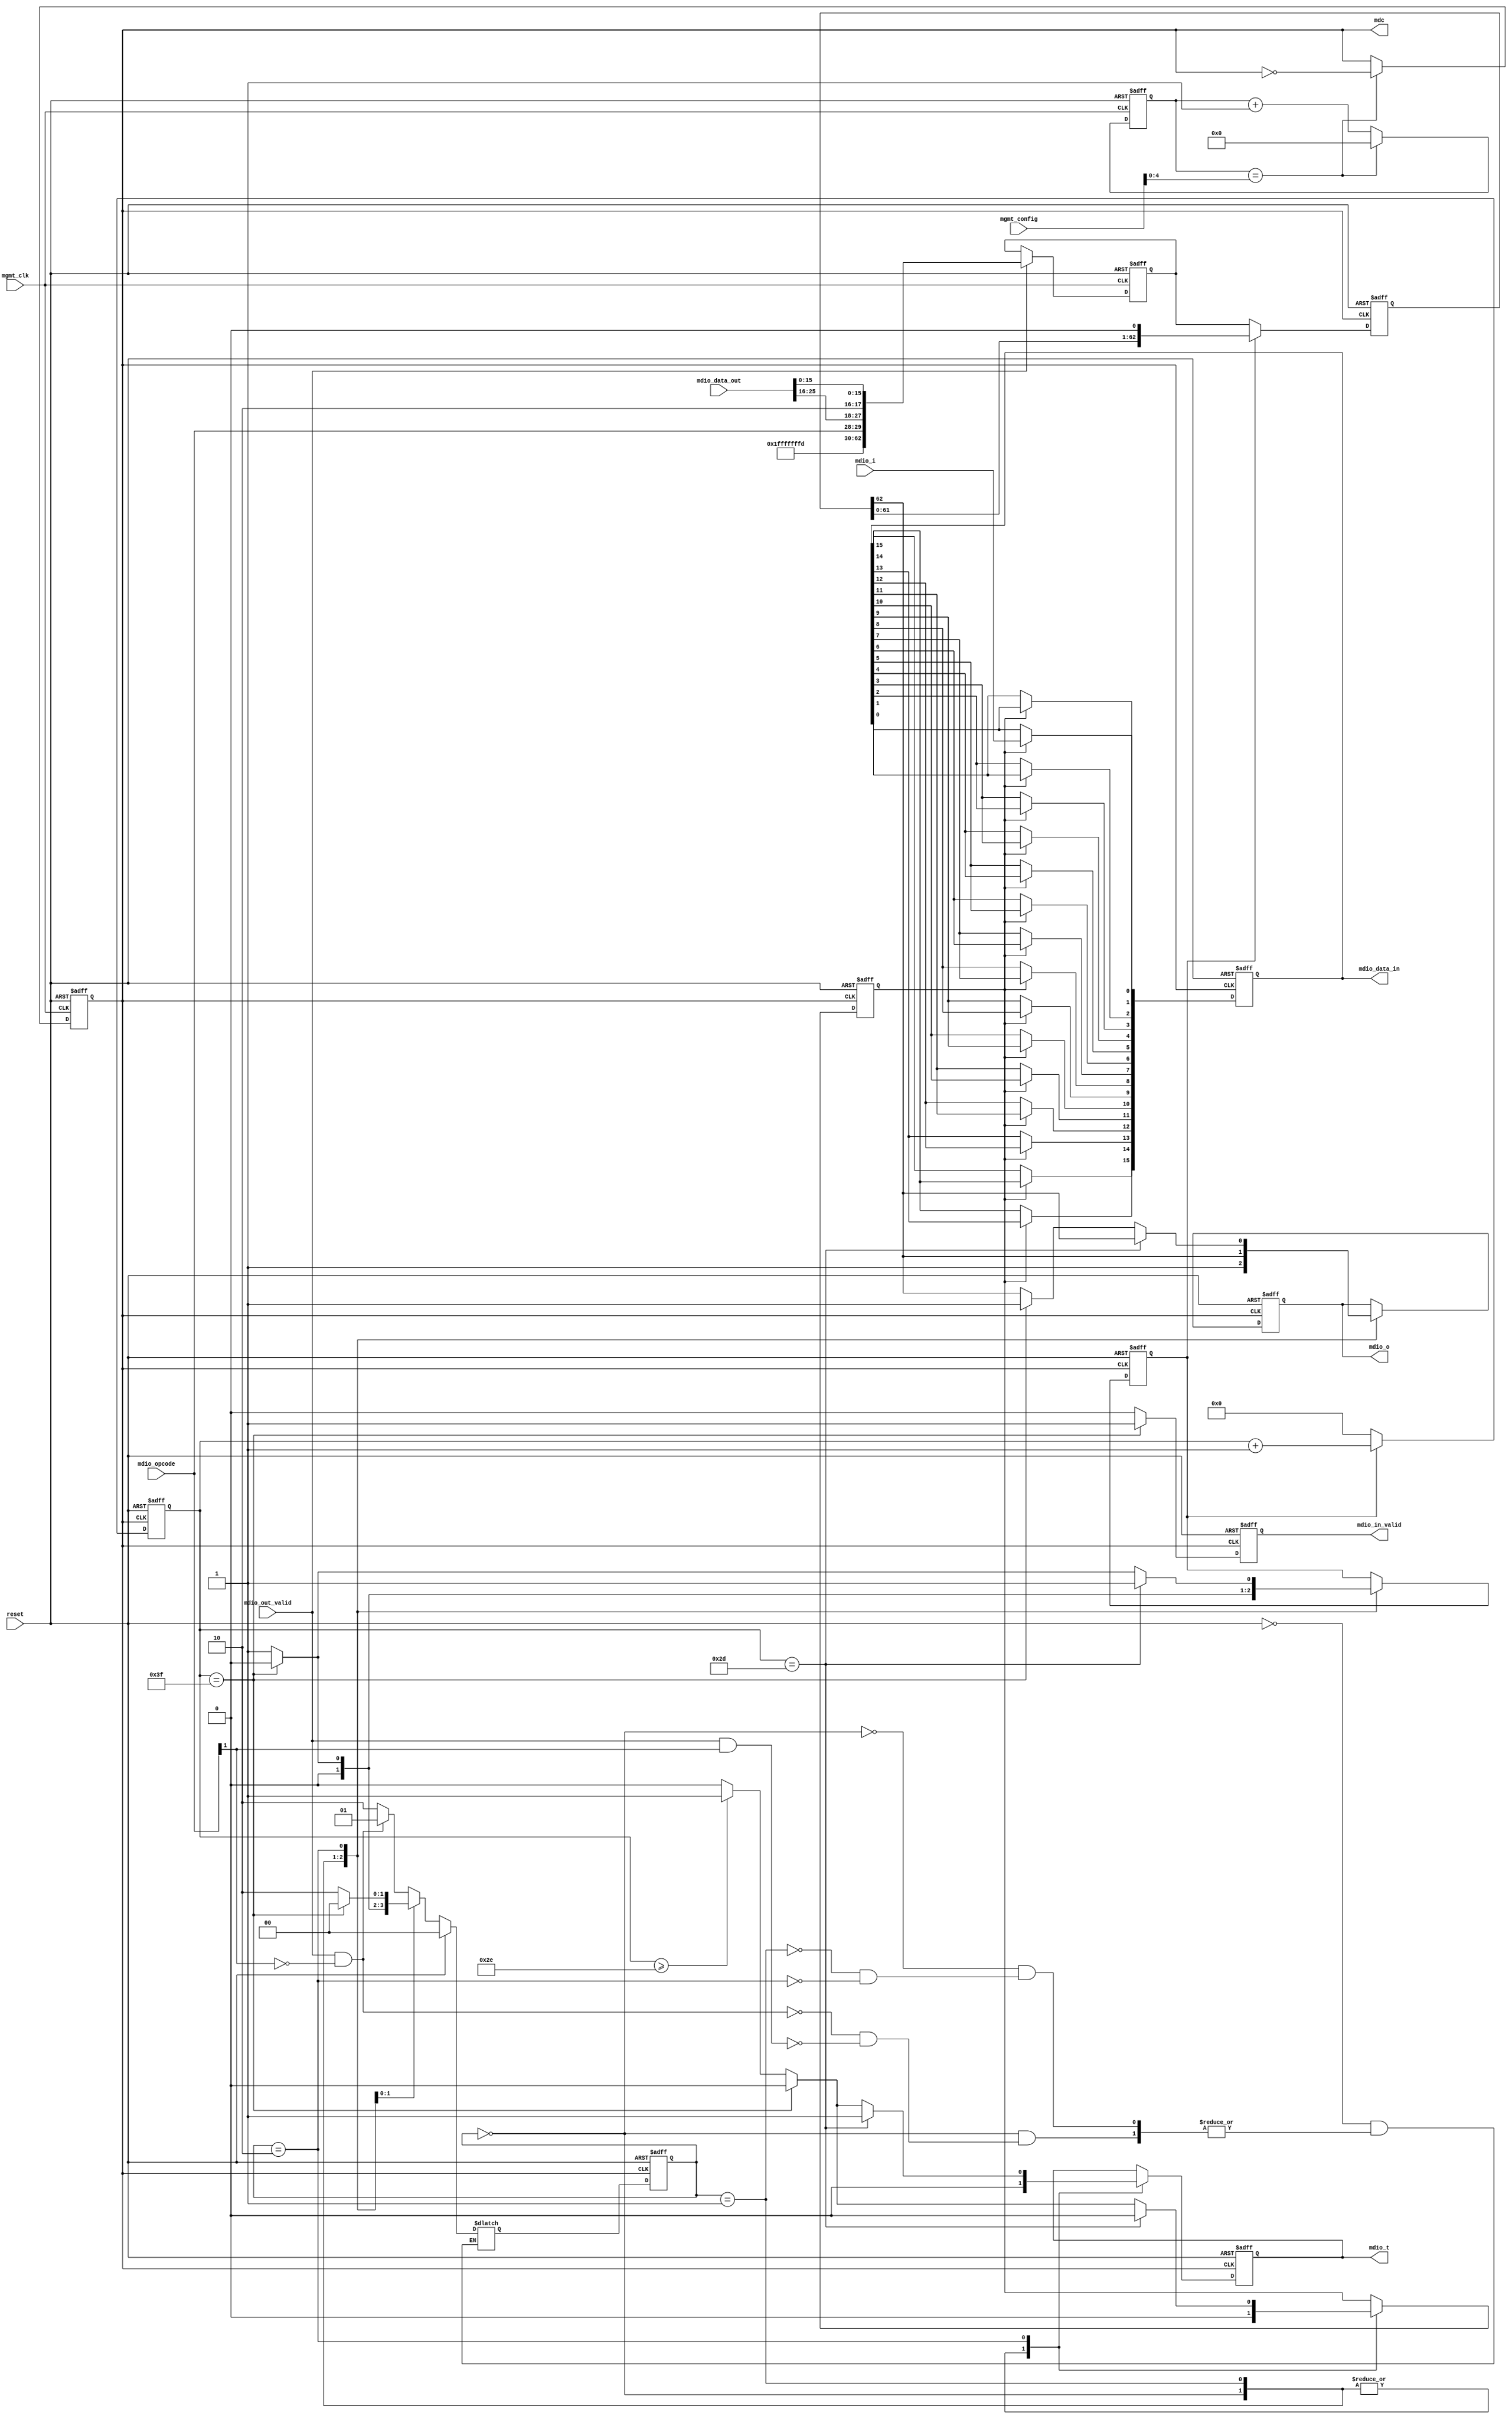
`timescale 1ns / 1ps
//////////////////////////////////////////////////////////////////////
//// 																					////
//// MODULE NAME: MDIO Interface 											////
//// 																					////
//// DESCRIPTION: Generate MDIO Signals                           ////
////																					////
//// This file is part of the 10 Gigabit Ethernet IP core project ////
////  http://www.opencores.org/projects/ethmac10g/						////
////																					////
//// AUTHOR(S):																	////
//// Zheng Cao			                                             ////
////							                                    		////
//////////////////////////////////////////////////////////////////////
////																					////
//// Copyright (c) 2005 AUTHORS.  All rights reserved.			   ////
////																					////
//// This source file may be used and distributed without         ////
//// restriction provided that this copyright statement is not    ////
//// removed from the file and that any derivative work contains  ////
//// the original copyright notice and the associated disclaimer. ////
////                                                              ////
//// This source file is free software; you can redistribute it   ////
//// and/or modify it under the terms of the GNU Lesser General   ////
//// Public License as published by the Free Software Foundation; ////
//// either version 2.1 of the License, or (at your option) any   ////
//// later version.                                               ////
////                                                              ////
//// This source is distributed in the hope that it will be       ////
//// useful, but WITHOUT ANY WARRANTY; without even the implied   ////
//// warranty of MERCHANTABILITY or FITNESS FOR A PARTICULAR      ////
//// PURPOSE.  See the GNU Lesser General Public License for more ////
//// details.                                                     ////
////                                                              ////
//// You should have received a copy of the GNU Lesser General    ////
//// Public License along with this source; if not, download it   ////
//// from http://www.opencores.org/lgpl.shtml   						////
////																					////
//////////////////////////////////////////////////////////////////////
//
// CVS REVISION HISTORY:
//
// $Log: not supported by cvs2svn $
// Revision 1.2  2006/06/15 05:09:24  fisher5090
// bad coding style, but works, will be modified later
//
// Revision 1.1  2005/12/25 16:43:10  Zheng Cao
// 
// 
//
//////////////////////////////////////////////////////////////////////

`define PRE 31'h7fffffff
`define ST 2'b01
`define TA 2'b10

module mdio(mgmt_clk, reset, mdc, mdio_t, mdio_i, mdio_o, mdio_opcode, mdio_in_valid, mdio_data_in, mdio_out_valid, mdio_data_out, mgmt_config);

input mgmt_clk; //Management Clock
input reset; //System reset
output mdc; //MDIO clock
output mdio_t; 
output mdio_o;
input mdio_i;
input[1:0] mdio_opcode; //MDIO Opcode, equals mgmt_opcode
output mdio_in_valid; //Indicate mdio_data_in read from MDIO is valid
output[15:0] mdio_data_in; //Data read from MDIO
input mdio_out_valid; //Indicate mdio_data_out is valid
input[25:0] mdio_data_out; //Data to be writen to MDIO, {addr, data}
input[31:0] mgmt_config; //management configuration data, mainly used to set mdc frequency

parameter IDLE =0, MDIO_WRITE =1, MDIO_READ =2;
parameter TP =1;

///////////////////////////////////////////
// MDIO Clock Gen
///////////////////////////////////////////
reg[4:0] clk_cnt;
always@(posedge mgmt_clk or posedge reset)begin
      if(reset)
		  clk_cnt <=#TP 0;
		else if(clk_cnt == mgmt_config[4:0])
		  clk_cnt <=#TP 0;
		else
		  clk_cnt <=#TP clk_cnt + 1;
end

reg mdc;
always@(posedge mgmt_clk or posedge reset)begin
      if(reset)
		  mdc <=#TP 0;
		else if(clk_cnt == mgmt_config[4:0])
		  mdc <=#TP ~mdc;
		else
        mdc <=#TP mdc;		
end

////////////////////////////////////////////
// MDIO data initialization
////////////////////////////////////////////
reg transmitting;
reg[62:0] mdio_data;

always@(posedge mgmt_clk or posedge reset)begin
      if(reset)begin
		  mdio_data <=#TP 0;
		end
		else if(mdio_out_valid)begin
		  mdio_data <=#TP {`PRE, `ST, mdio_opcode, mdio_data_out[25:16], `TA, mdio_data_out[15:0]};
		end
end

reg[62:0] mdio_data_reg;
always@(posedge mdc or posedge reset)begin
      if(reset)
		  mdio_data_reg <=#TP 0;
		else if(transmitting)
		  mdio_data_reg <=#TP mdio_data_reg <<1;
		else
		  mdio_data_reg <=#TP mdio_data;
end

////////////////////////////////////////////
// counter used for transmitting data
////////////////////////////////////////////

reg[6:0] trans_cnt;
always@(posedge mdc or posedge reset)begin
      if(reset)begin
		  trans_cnt <=#TP 0;
		end 
		else if(transmitting)begin
		  trans_cnt <=#TP trans_cnt + 1;
		end  
		else begin
		  trans_cnt <=#TP 0;
		end  
end
		
////////////////////////////////////////////
// MDIO SIGNAL DRIVER
////////////////////////////////////////////
wire mdio_operate_done; //indicates MDIO write/read operation has been finished
assign mdio_operate_done = (trans_cnt == 63);

reg receiving;
reg[1:0] state, nextstate;
always@(state, mdio_out_valid, mdio_opcode[1], mdio_operate_done, reset)begin
      if(reset)
		  nextstate <=#TP IDLE;
		else 
		  case(state)
		     IDLE: begin
			     if(mdio_out_valid & ~mdio_opcode[1])
                 nextstate <=#TP MDIO_WRITE;
              else if(mdio_out_valid & mdio_opcode[1])
                 nextstate <=#TP MDIO_READ;
				  else
				     nextstate <=#TP nextstate;
		     end
			  MDIO_WRITE: begin
              if(mdio_operate_done)
		          nextstate <=#TP IDLE;
		        else
                nextstate <=#TP MDIO_WRITE;
			  end
           MDIO_READ: begin
              if(mdio_operate_done)
		          nextstate <=#TP IDLE;
		        else
                nextstate <=#TP MDIO_READ;
			  end			  
		 endcase
end		  

always@(posedge mdc or posedge reset)begin
      if(reset)
		  state <=#TP IDLE;
		else
        state <=#TP nextstate;
end		  

////////////////////////////////////////////////////
// MDIO control
//--receiving indicates receiving data from PHY
//--transmitting indicates transmitting data to PHY
////////////////////////////////////////////////////

reg mdio_o;
reg mdio_t;
always@(posedge mdc or posedge reset)begin
      if(reset) begin
        mdio_o <=#TP 0;
        mdio_t <=#TP 0;
		  transmitting <=#TP 0;
		  receiving <=#TP 0;
      end
      else begin
        case (state)
            IDLE:begin
               mdio_o <=#TP 1'b1;
               mdio_t <=#TP 0;	
		         receiving <=#TP 0;
               transmitting <=#TP 0;					
            end
				MDIO_WRITE:begin
				   transmitting <=#TP 1;
					mdio_o <=#TP mdio_data_reg[62];
					mdio_t <=#TP 1'b0;
		         receiving <=#TP 0;
					if (trans_cnt == 63)begin
                  transmitting <=#TP 0;
               end					  
			   end	
            MDIO_READ:begin
					mdio_o <=#TP mdio_data_reg[62];
					mdio_t <=#TP 1'b0;
  				   transmitting <=#TP 1'b1;
		         receiving <=#TP 0;
               if (trans_cnt == 45)begin //transmitting TA
					  mdio_t <=#TP 1'b1;
					end			
					else if (trans_cnt == 63)begin //all data received
  				     transmitting <=#TP 1'b0;
					  mdio_o <=#TP 1'b1;
					end
               else if(trans_cnt >= 46)begin //receiving Data
					  mdio_t <=#TP 1'b1;
                 receiving <=#TP 1'b1;			
					end
			   end	
        endcase
    end
end

/////////////////////////////////////////////////
// Shift Registers to get data from PHY
/////////////////////////////////////////////////
reg mdio_in_valid;
always@(posedge mdc or posedge reset)begin
      if(reset)
		   mdio_in_valid <=#TP 1'b0;
      else if(mdio_operate_done)
         mdio_in_valid <=#TP 1'b1;
		else if(receiving)
		   mdio_in_valid <=#TP 1'b0;   
      else
         mdio_in_valid <=#TP 1'b0;
end

reg[15:0] mdio_data_in;
always@(posedge mdc or posedge reset)begin
      if(reset)begin
		   mdio_data_in <=#TP 0;
		end	
		else if(receiving)begin
		   mdio_data_in[0] <=#TP mdio_i;
		   mdio_data_in[1] <=#TP mdio_data_in[0];
		   mdio_data_in[2] <=#TP mdio_data_in[1];
		   mdio_data_in[3] <=#TP mdio_data_in[2];
		   mdio_data_in[4] <=#TP mdio_data_in[3];
		   mdio_data_in[5] <=#TP mdio_data_in[4];
		   mdio_data_in[6] <=#TP mdio_data_in[5];
		   mdio_data_in[7] <=#TP mdio_data_in[6];
		   mdio_data_in[8] <=#TP mdio_data_in[7];
		   mdio_data_in[9] <=#TP mdio_data_in[8];
		   mdio_data_in[10] <=#TP mdio_data_in[9];
		   mdio_data_in[11] <=#TP mdio_data_in[10];
		   mdio_data_in[12] <=#TP mdio_data_in[11];
		   mdio_data_in[13] <=#TP mdio_data_in[12];
		   mdio_data_in[14] <=#TP mdio_data_in[13];
		   mdio_data_in[15] <=#TP mdio_data_in[14];
	   end
		else
		   mdio_data_in <=#TP mdio_data_in;
end
        		
endmodule